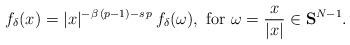
LaTeX: \begin{align*}f_\delta(x)=|x|^{-\beta\,(p-1)-s\,p}\,f_{\delta}(\omega),\mbox{ for }\omega=\frac{x}{|x|}\in\mathbf{S}^{N-1}.\end{align*}